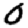
Digit: 0